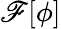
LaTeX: \mathscr{F}[\phi]